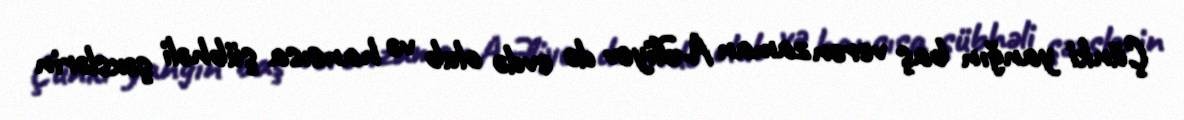
Çünki yanğın baş verən zaman A.Əliyev də evdə olub və hansısa şübhəli şəxslərin